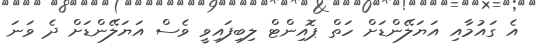
އެ ގައުމާއި އަޔަލޭންޑަށް ހަތް ޕޮއިންޓް ލިބިފައިވީ ވެސް އަޔަލޭންޑަށް ދެ ވަނަ